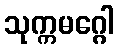
သုက္ကမဂ္ဂေါ